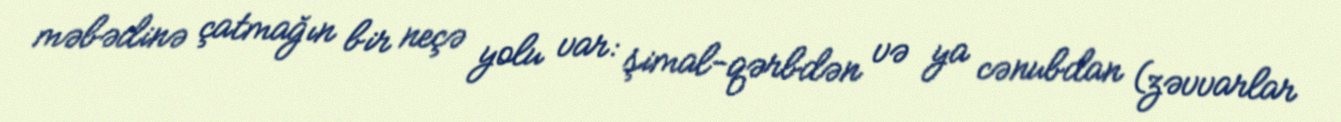
məbədinə çatmağın bir neçə yolu var: şimal-qərbdən və ya cənubdan (zəvvarlar